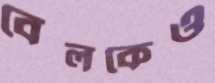
বেলকেও